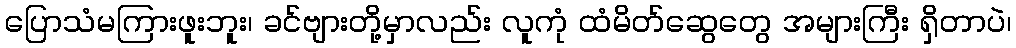
ပြောသံမကြားဖူးဘူး၊ ခင်ဗျားတို့မှာလည်း လူကုံ ထံမိတ်ဆွေတွေ အများကြီး ရှိတာပဲ၊